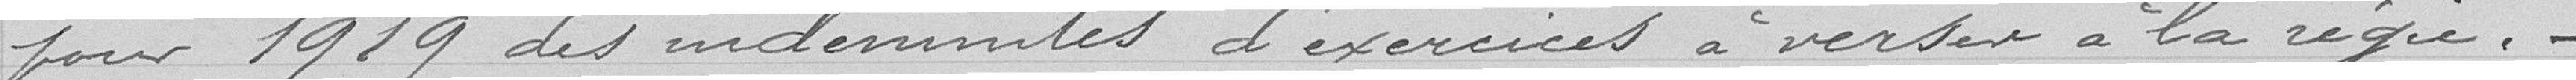
pour 1919 des indemnités d'exercices à verser à la régie.